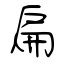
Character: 扁